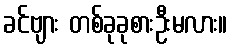
ခင်ဗျား တစ်ခုခုစားဦးမလား။